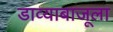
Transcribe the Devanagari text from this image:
डाव्याबाजूला